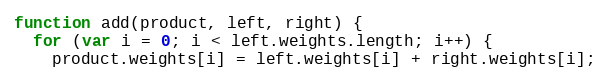
Language: JavaScript
function add(product, left, right) {
  for (var i = 0; i < left.weights.length; i++) {
    product.weights[i] = left.weights[i] + right.weights[i];